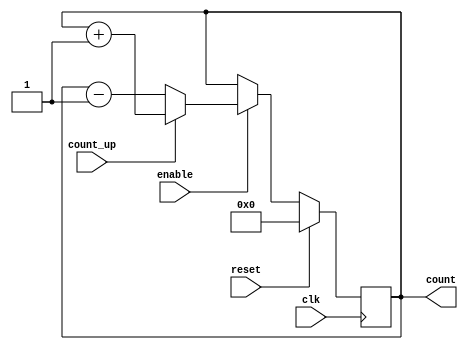
module ChainedParallelCounter (
    input wire clk,          // Clock signal
    input wire reset,        // Synchronous reset signal
    input wire enable,       // Enable signal
    input wire count_up,     // Count up control signal
    output reg [n-1:0] count // n-bit output count
);
    parameter n = 4; // Number of bits for the counter

    always @(posedge clk) begin
        if (reset) begin
            count <= 0; // Reset the counter to zero
        end else if (enable) begin
            if (count_up) begin
                count <= count + 1; // Increment the counter
            end else begin
                count <= count - 1; // Decrement the counter
            end
        end
    end
endmodule